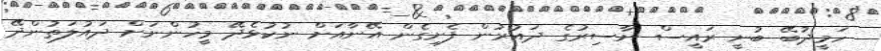
ހަމީދުބޭ ބުނީ ރައީސް ނާސިރުގެ ދައުރުން ފެށިގެން އޭނާއަށް ނުކުޅެދޭ މީހުންނަށް ދައުލަތުންދޭ